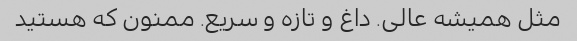
مثل همیشه عالی. داغ و تازه و سریع. ممنون که هستید